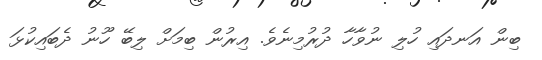
ބިން އަނދައި ހުލި ނުވާހާ ދުރުމިނެވެ. އިރުން ބިމަށް ލިބޭ ހޫނު ދެބައިކުޅަ